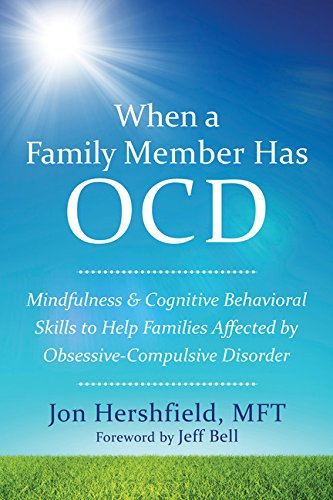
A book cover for When a Family Member Has OCD: Mindfulness and Cognitive Behavioral Skills to Help Families Affected by Obsessive-Compulsive Disorder; Jon Hershfield MFT; Health, Fitness & Dieting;